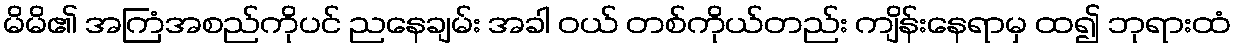
မိမိ၏ အကြံအစည်ကိုပင် ညနေချမ်း အခါ ဝယ် တစ်ကိုယ်တည်း ကျိန်းနေရာမှ ထ၍ ဘုရားထံ